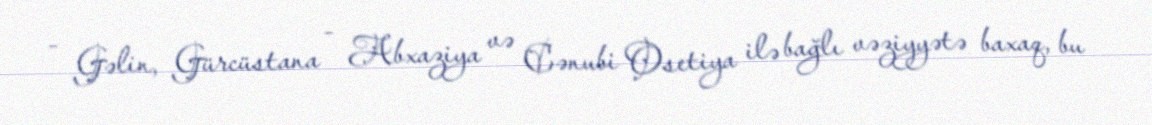
- Gəlin, Gürcüstana - Abxaziya və Cənubi Osetiya ilə bağlı vəziyyətə baxaq, bu